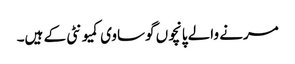
مرنے والے پانچوں گوساوی کمیونٹی کے ہیں۔